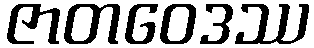
ဇာတဝေဒဿ